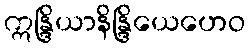
ဣန္ဒြိယာနိန္ဒြိယေဟေဝ